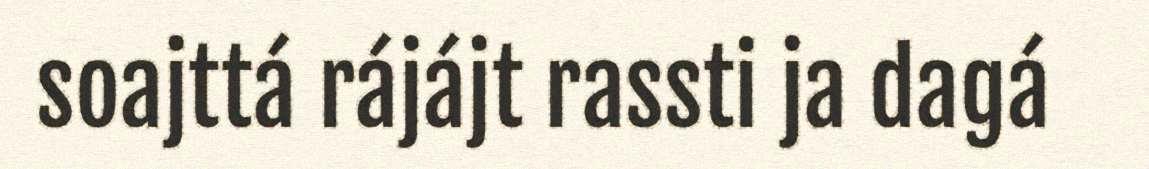
soajttá rájájt rassti ja dagá